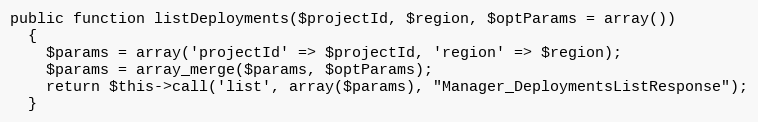
Language: PHP
public function listDeployments($projectId, $region, $optParams = array())
  {
    $params = array('projectId' => $projectId, 'region' => $region);
    $params = array_merge($params, $optParams);
    return $this->call('list', array($params), "Manager_DeploymentsListResponse");
  }